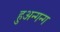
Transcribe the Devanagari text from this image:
हुअन्गन्ग